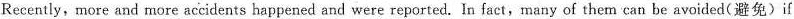
Recently,more and more accidents happened and were reported. In fact,many of them can be avoided(避免)if